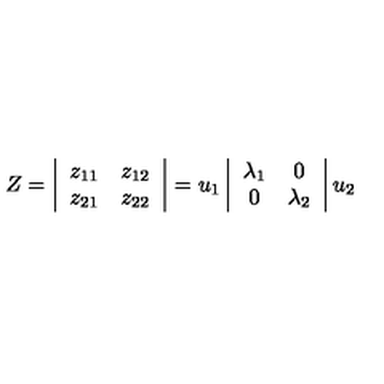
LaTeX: Z = \left| \begin{array} { c c } { z _ { 1 1 } } & { z _ { 1 2 } } \\ { z _ { 2 1 } } & { z _ { 2 2 } } \\ \end{array} \right| = u _ { 1 } \left| \begin{array} { c c } { \lambda _ { 1 } } & { 0 } \\ { 0 } & { \lambda _ { 2 } } \\ \end{array} \right| u _ { 2 }